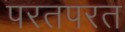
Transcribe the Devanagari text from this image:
परतपरत